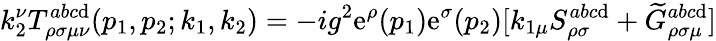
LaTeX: k_{2}^{\nu}T_{\rho\sigma\mu\nu}^{abc\mathrm{d}}(p_{1},p_{2};k_{1},k_{2})=-ig^{2}\mathrm{e}^{\rho}(p_{1})\mathrm{e}^{\sigma}(p_{2})[k_{1\mu}S_{\rho\sigma}^{abc\mathrm{d}}+\widetilde{{G}}_{\rho\sigma\mu}^{abc\mathrm{d}}]